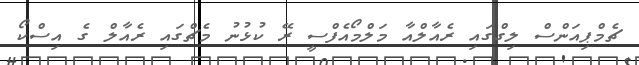
ޗެމްޕިއަންސް ލިގްގައި ރެއާލްއާ މަލްމޯއެފްސީ ރޭ ކުޅުނު މެޗްގައި ރެއާލް ގެ އިސްކޯ